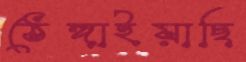
ঠেঙ্গাইয়াছি